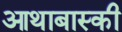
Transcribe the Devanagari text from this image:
आथाबास्की